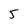
Character: 5